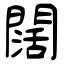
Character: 闊